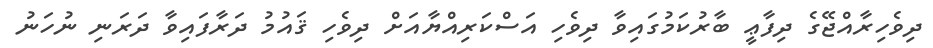
ދިވެހިރާއްޖޭގެ ދިފާޢީ ބާރުކަމުގައިވާ ދިވެހި އަސްކަރިއްޔާއަށް ދިވެހި ޤައުމު ދަރާފައިވާ ދަރަނި ނުހަނު